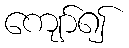
ကျော်၍